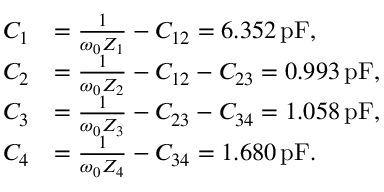
\begin{array} { r l } { C _ { 1 } } & { = \frac { 1 } { \omega _ { 0 } Z _ { 1 } } - C _ { 1 2 } = 6 . 3 5 2 \, \mathrm { p F } , } \\ { C _ { 2 } } & { = \frac { 1 } { \omega _ { 0 } Z _ { 2 } } - C _ { 1 2 } - C _ { 2 3 } = 0 . 9 9 3 \, \mathrm { p F } , } \\ { C _ { 3 } } & { = \frac { 1 } { \omega _ { 0 } Z _ { 3 } } - C _ { 2 3 } - C _ { 3 4 } = 1 . 0 5 8 \, \mathrm { p F } , } \\ { C _ { 4 } } & { = \frac { 1 } { \omega _ { 0 } Z _ { 4 } } - C _ { 3 4 } = 1 . 6 8 0 \, \mathrm { p F } . } \end{array}